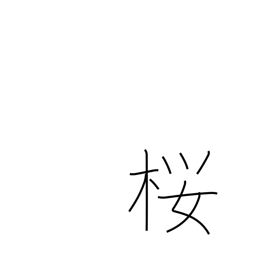
Meaning: cherry